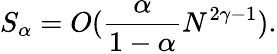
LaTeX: S_{\alpha}=O(\frac{\alpha}{1-\alpha}N^{2\gamma-1}).